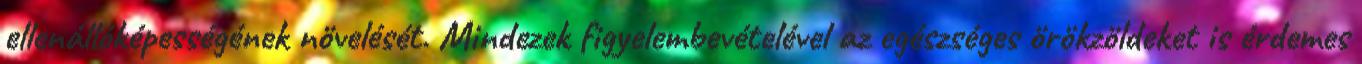
ellenállóképességének növelését. Mindezek figyelembevételével az egészséges örökzöldeket is érdemes